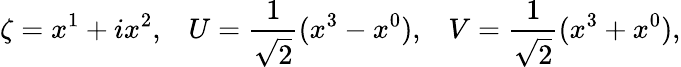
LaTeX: \zeta=x^{1}+ix^{2},\; \; \; {U}=\frac{1}{\sqrt{2}}(x^{3}-x^{0}),\; \; \; {V}=\frac{1}{\sqrt{2}}(x^{3}+x^{0}),